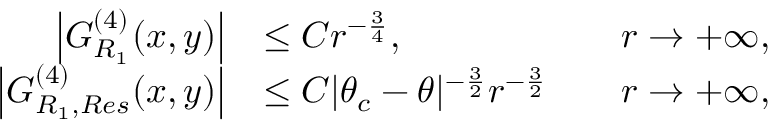
\begin{array} { r l r l } { \left| G _ { R _ { 1 } } ^ { ( 4 ) } ( x , y ) \right| } & { \leq C r ^ { - \frac { 3 } { 4 } } , } & & { r \to + \infty , } \\ { \left| G _ { R _ { 1 } , R e s } ^ { ( 4 ) } ( x , y ) \right| } & { \leq C | \theta _ { c } - \theta | ^ { - \frac { 3 } { 2 } } r ^ { - \frac { 3 } { 2 } } } & & { r \to + \infty , } \end{array}